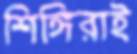
শিঙ্গিরাই